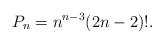
LaTeX: \begin{align*}P_n=n^{n-3} (2n-2)!.\end{align*}